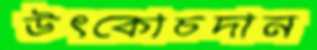
উৎকোচদান